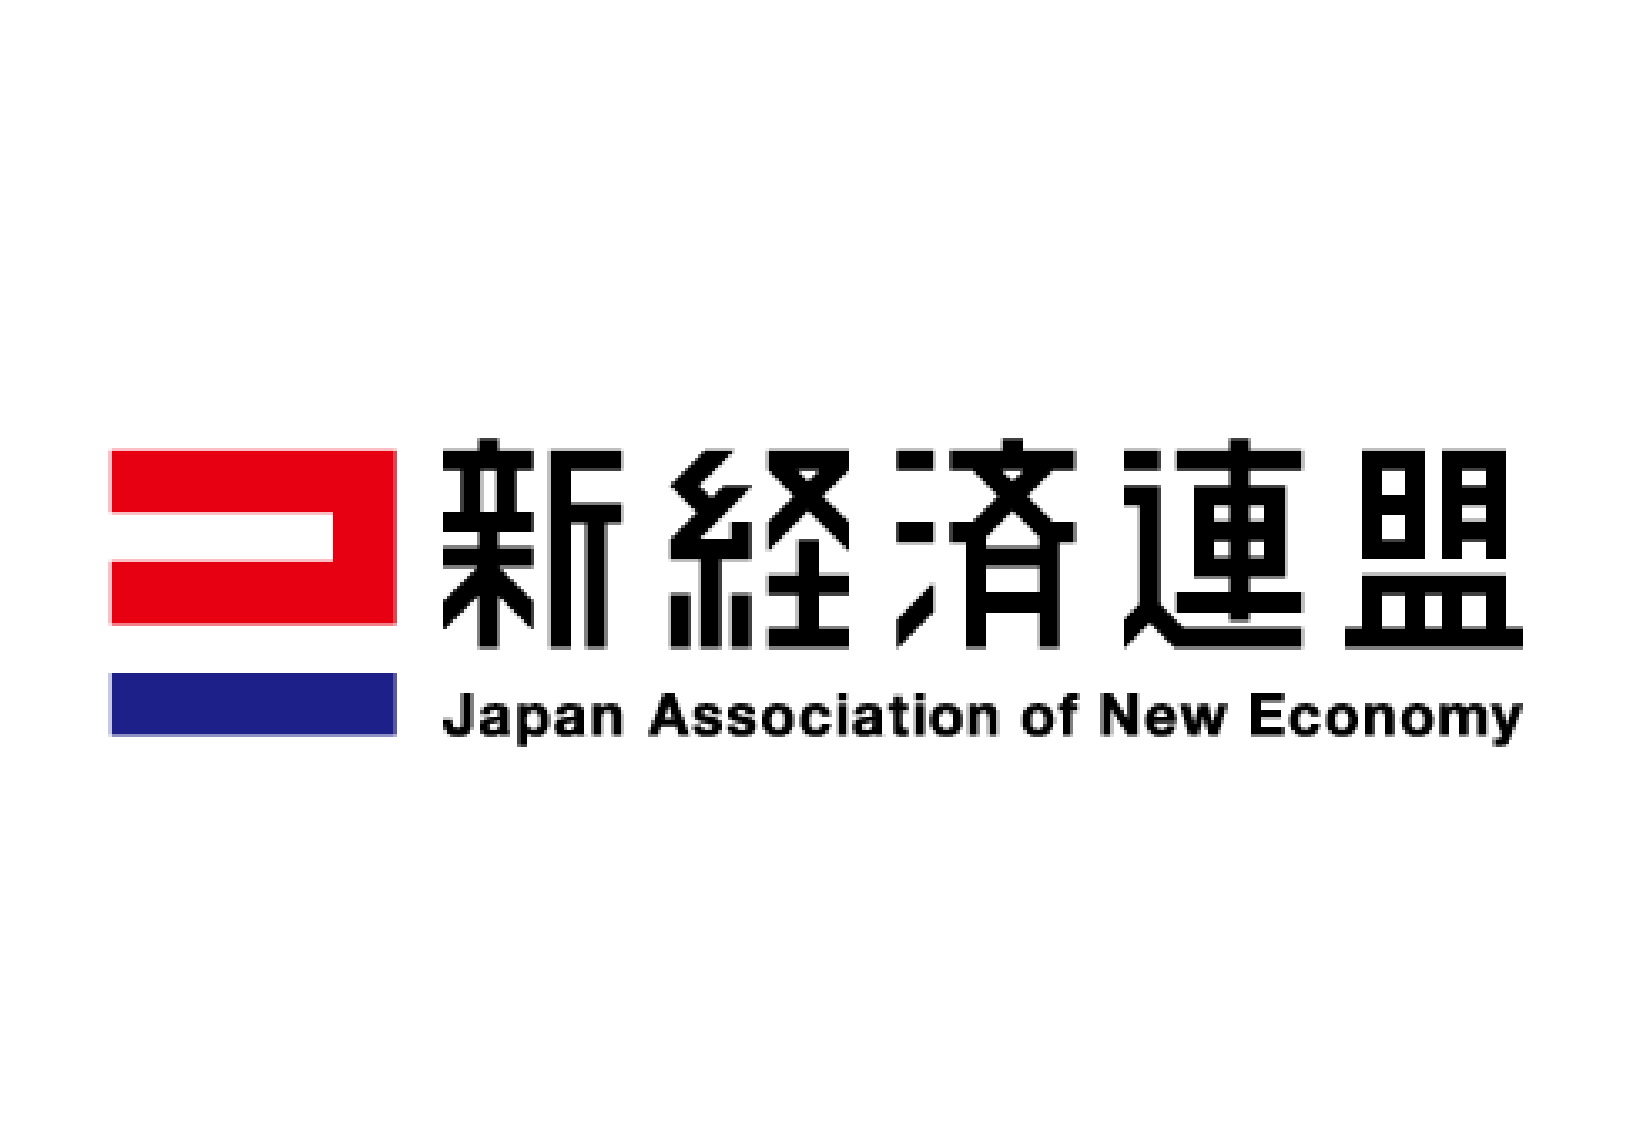
新経済連盟
Japan Association of New Economy